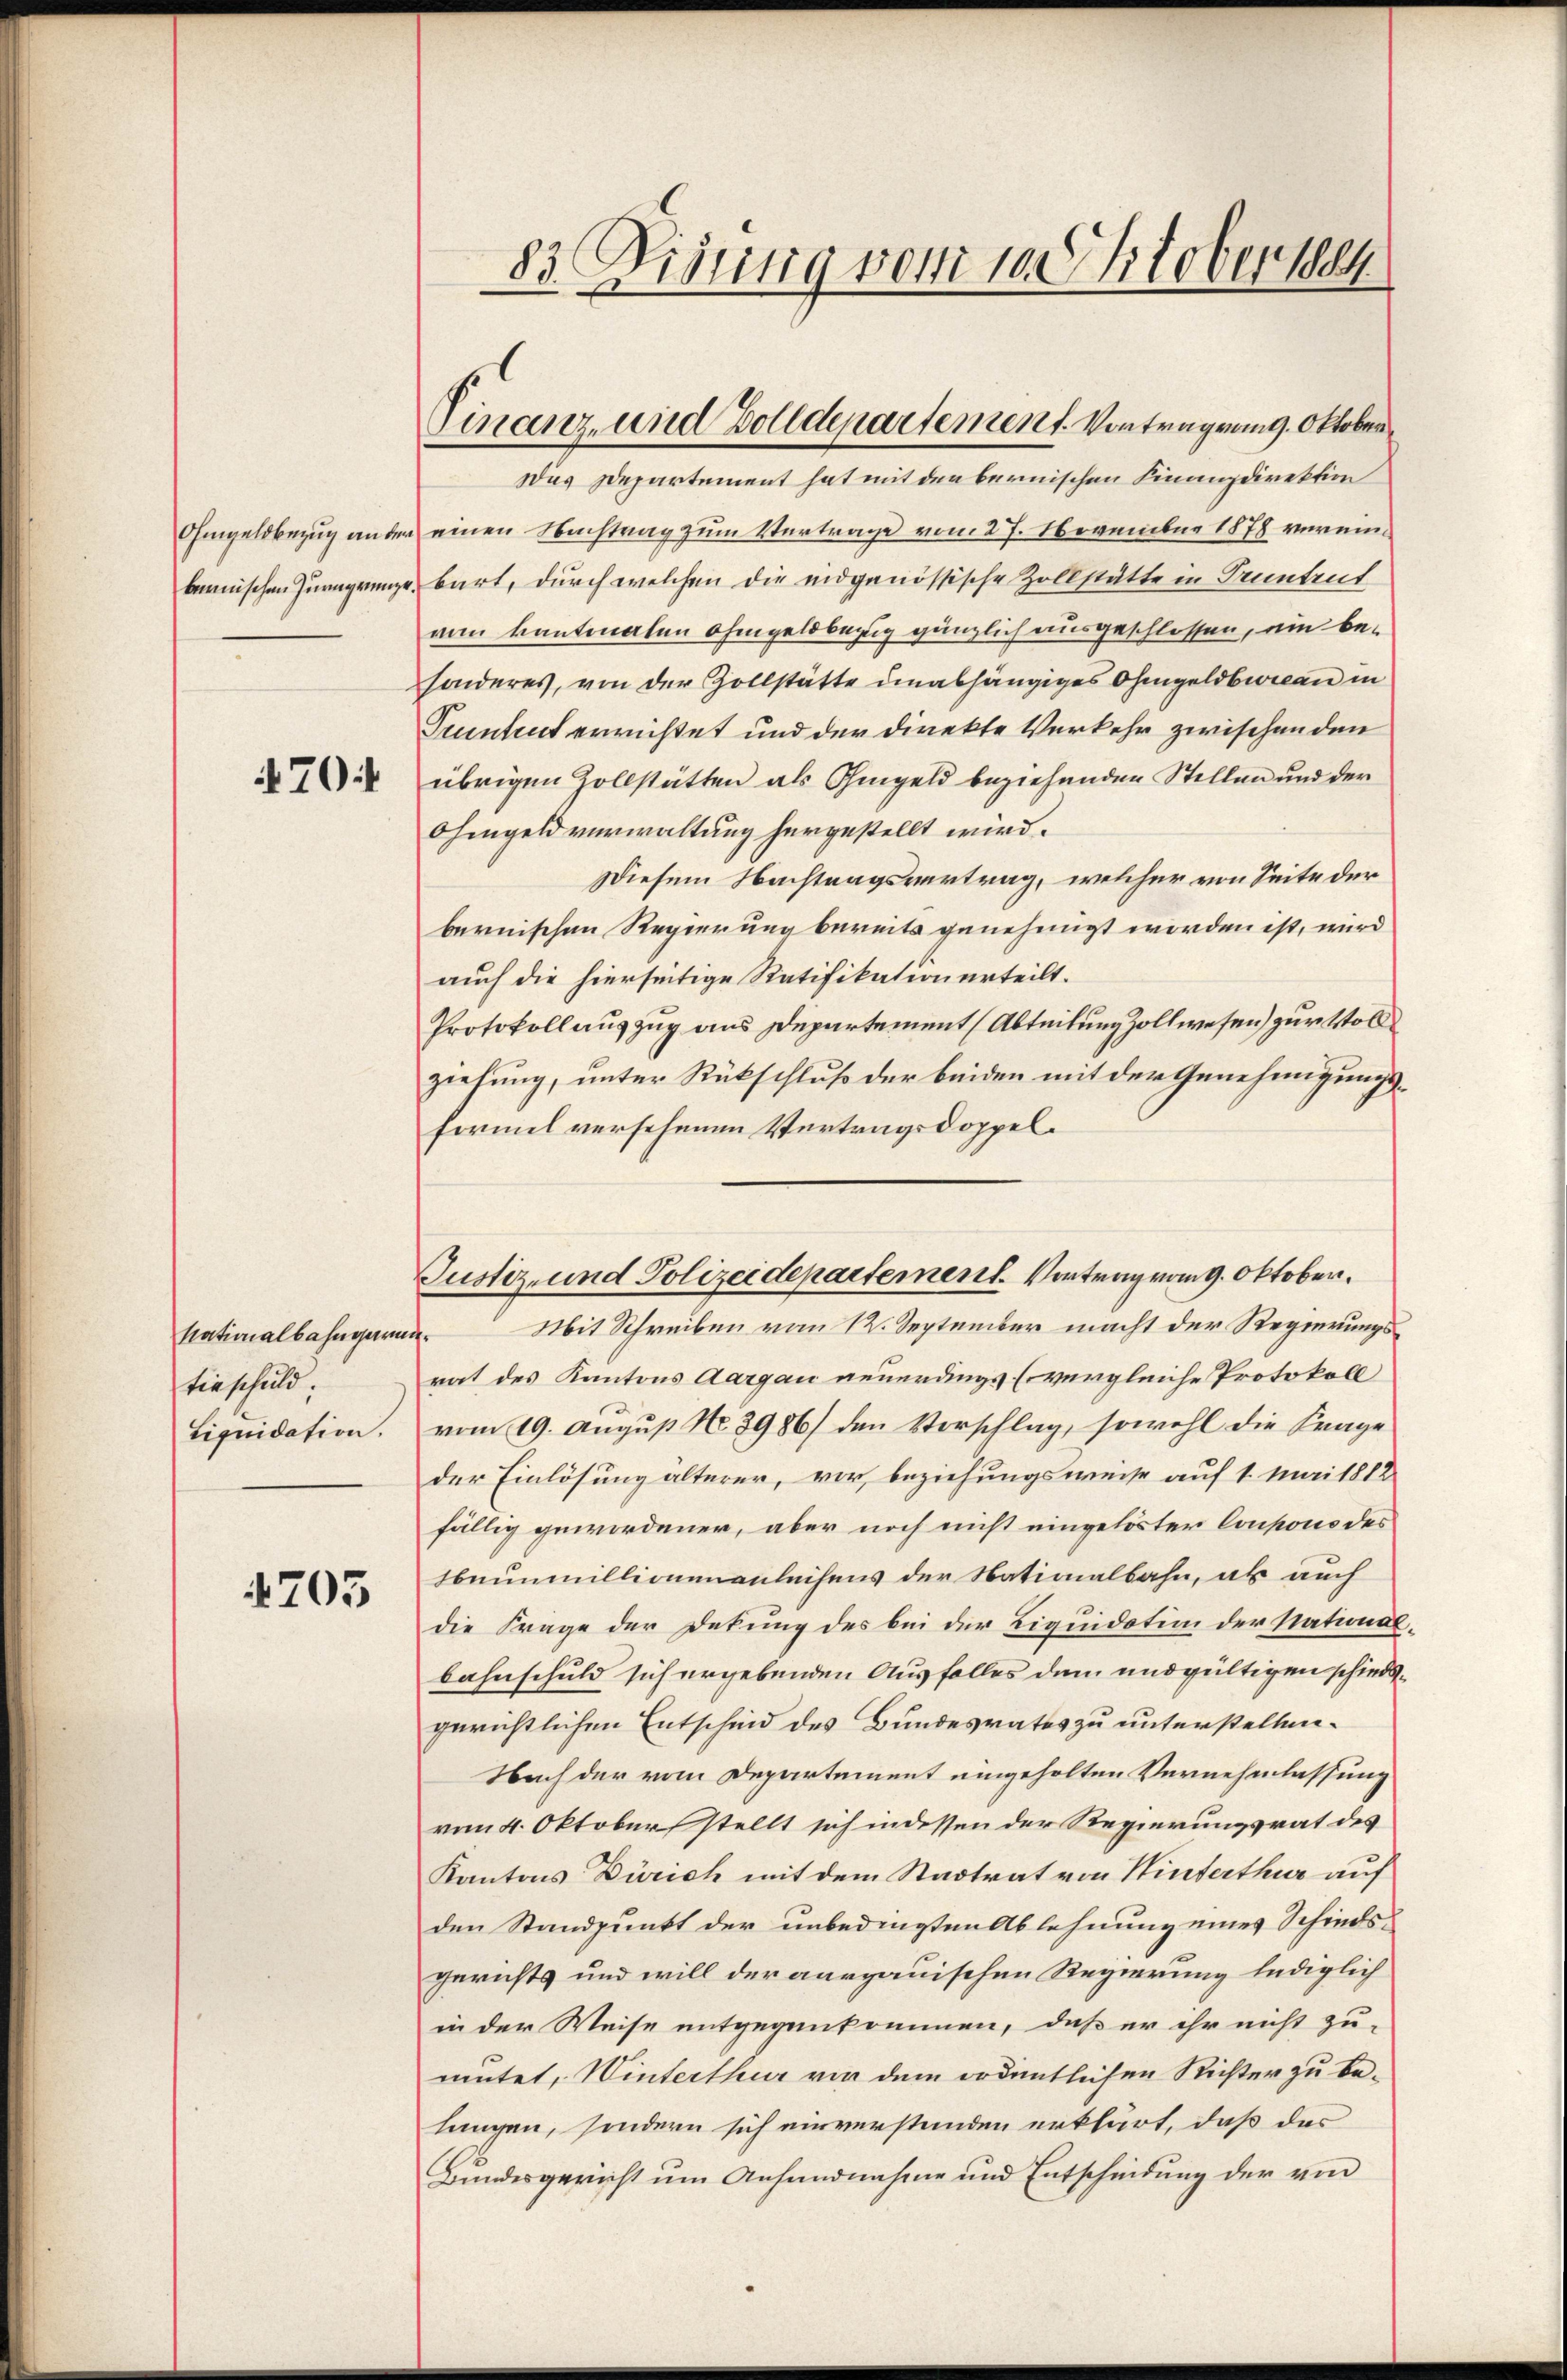
Ohmgeldbezug an dem
bonischen Zurigenge.

470:

Nationalbahngarn
tieschuld.
Liquidation.

4703

d

83. Disung vom 10. Oktober 1884

Finanz- und Zolldepartement. Vortragung. Oktober

Justiz- und Polizeidepartement. Vortrag vom 9. Oktober.

Das Departement hat mit den bernischen Finanzdirektion
einen Nachtrag zum Vertrage vom 27. November 1878 vereinbart, durch welchen die eidgenössische Zollstätte in Truntrut
von kantonalen Ohmgeldbezug gänzlich ausgeschlossen, ein besonderes, von der Zollstätte unabhängiges Ohmgeldbwican in
Tuintent errichtet und der Direkte Verkehr zwischenden
übrigen Zollstätten als Ohmgeld beziehenden Stellen und der
Ohmgeld verwaltung hergestellt wird.
Diesem Nachtragsvertrag, welcher von Seite der
bernischen Regierung bereits genehmigt worden ist, wird
auch die hierseitige Ratifikation erteilt.
Protokoll auszug aus Departement Abteilung zollwesen) zur Vollziehung, unter Rückschluß der beiden mit der Genehmigungsformel versehenen Vertragsdoppel¬
Mit Schreiben vom 12. September macht der Regierungs¬
.
rat des Kantons Aargau neuerdings (vergleiche Protokoll
vom 19. August No. 3986) den Vorschlag, sowohl die Frage
der Einlösung alterer, vor, beziehungsweise auf 1. Mai 1812
fällig gewordener, aber noch nicht eingelöster Coupons des
beunmillionen anleihens der Nationalbahn, ab auch
die Frage der Dekung des bei der Liquidation der National-
bahnschuld sich ergebenden Ausfalles dem undgültigen schiedsgerichtlichen Entscheid des Bundesrates zu unterstellen.
Nach der vom Departement eingeholten Vernehmlassung
vom 4. Oktober stellt sich indessen der Regierungsrat des
Kantons Zürich mit dem Stadtrat von Hinterthur auf
den Standpunkt der unbedingten Ablehnung eines Schindsgerichts und will der aargauischen Regierung lediglich
in der Weise entgegenkommen, daß er ihr nicht zu-
mutet, Winterthur von dem ordentlichen Richter zu belungen, sondern sich einverstanden erklärt, daß das
Bundesgericht um Anhandnahme und Entscheidung der von